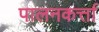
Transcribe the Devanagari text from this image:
पालनकर्त्ता